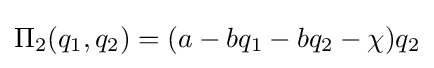
\Pi _{2}(q_{1},q_{2})=(a-bq_{1}-bq_{2}-\chi )q_{2}